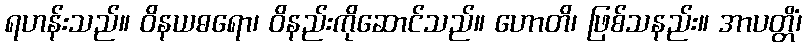
ရဟန်းသည်။ ဝိနယဓရော၊ ဝိနည်းကိုဆောင်သည်။ ဟောတိ၊ ဖြစ်သနည်း။ အာပတ္တိံ၊